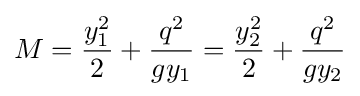
M={\frac {y_{1}^{2}}{2}}+{\frac {q^{2}}{gy_{1}}}={\frac {y_{2}^{2}}{2}}+{\frac {q^{2}}{gy_{2}}}